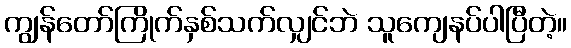
ကျွန်တော်ကြိုက်နှစ်သက်လျှင်ဘဲ သူကျေနပ်ပါပြီတဲ့။